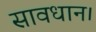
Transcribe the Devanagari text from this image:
सावधान।